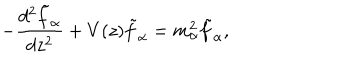
- { \frac { d ^ { 2 } \tilde { f } _ { \alpha } } { d z ^ { 2 } } } + V ( z ) \tilde { f } _ { \alpha } = m _ { \alpha } ^ { 2 } \tilde { f } _ { \alpha } ,